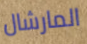
المارشال